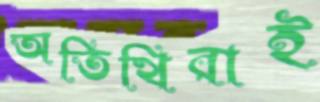
অতিথিরাই